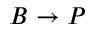
B \rightarrow P